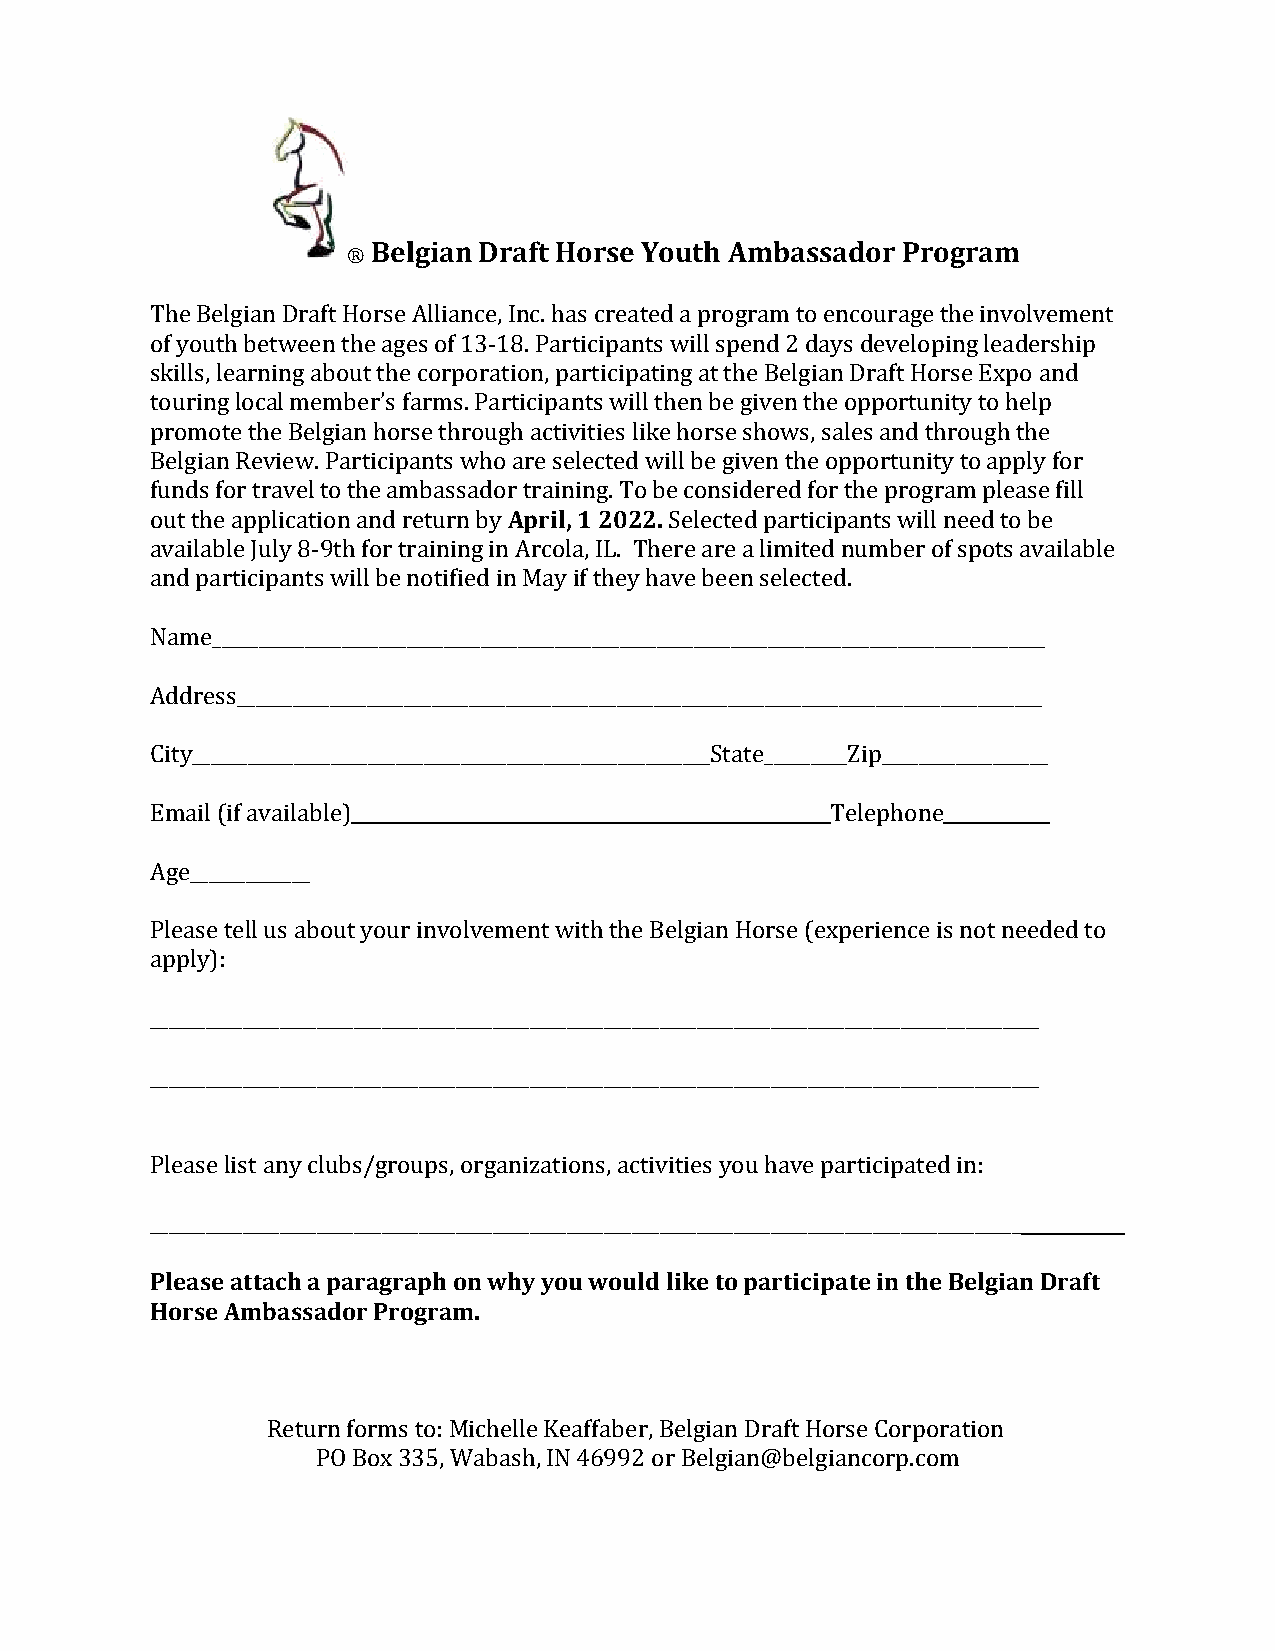
®
 Belgian Draft Horse Youth Ambassador Program
 The Belgian Draft Horse Alliance, Inc. has created a program to encourage the involvement
 of youth between the ages of 13-18. Participants will spend 2 days developing leadership
 skills, learning about the corporation, participating at the Belgian Draft Horse Expo and
 touring local member’s farms. Participants will then be given the opportunity to help
 promote the Belgian horse through activities like horse shows, sales and through the
 Belgian Review. Participants who are selected will be given the opportunity to apply for
 funds for travel to the ambassador training. To be considered for the program please fill
 out the application and return by April, 1 2022. Selected participants will need to be
 available July - th for training in There are a limited number of spots available
 and participants will be notified in May if they have been selected.
 8 9           Arcola, IL.
 Name__________________________________________________________________________________________
 Address_______________________________________________________________________________________
 City________________________________________________________State_________Zip__________________
 Email (if available)                         Telephone
 Age_____________
 Please tell us about your involvement with the Belgian Horse (experience is not needed to
 apply):
 ________________________________________________________________________________________________
 ________________________________________________________________________________________________
 Please list any clubs/groups, organizations, activities you have participated in:
 ______________________________________________________________________________________________
 Please attach a paragraph on why you would like to participate in the Belgian Draft
 Horse Ambassador Program.
 Return forms to:         , Belgian Draft Horse Corporation
 PO Box 335, Wabash, IN 46992 or Belgian@belgiancorp.com
 Michelle Keaffaber